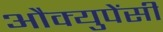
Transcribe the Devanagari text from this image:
औक्युपेंसी